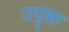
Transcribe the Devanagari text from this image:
उयुक्त